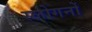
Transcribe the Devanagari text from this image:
स्लोगनों